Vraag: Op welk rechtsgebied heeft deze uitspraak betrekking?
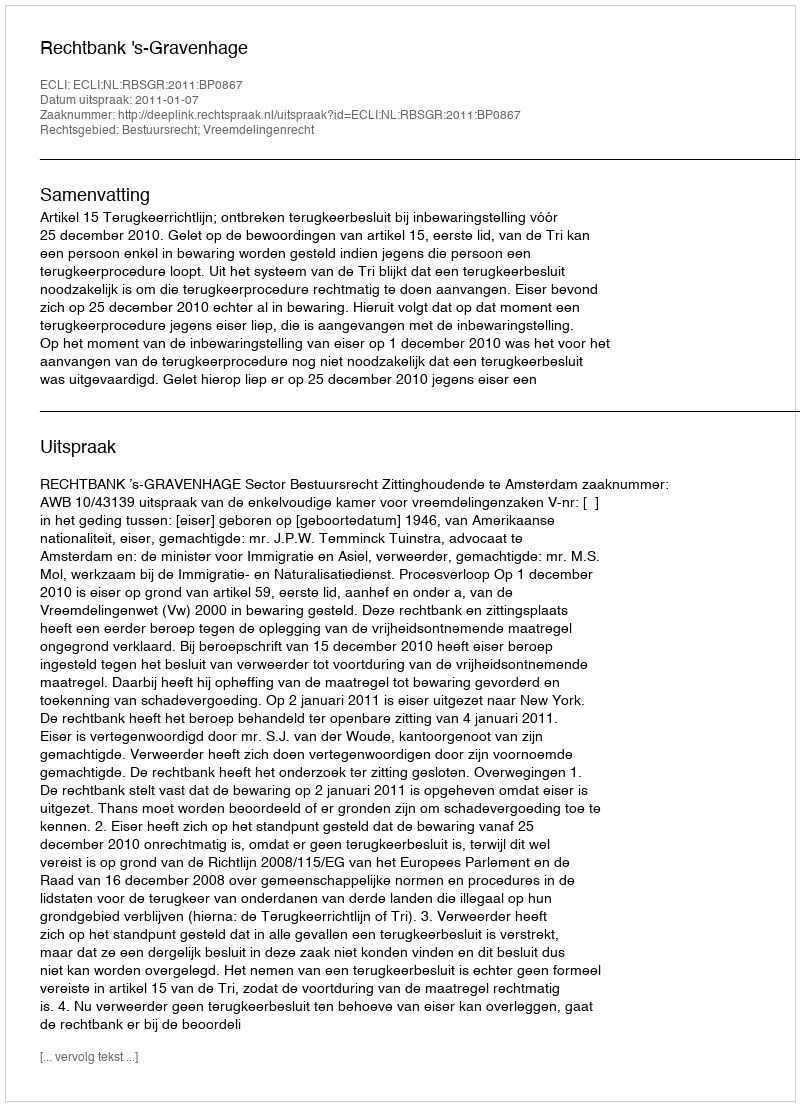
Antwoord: Bestuursrecht; Vreemdelingenrecht